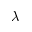
\lambda